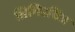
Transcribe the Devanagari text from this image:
तिमिरचित्र